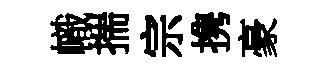
幟揣宗携豪